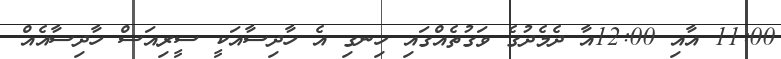
11:00 އާއި 12:00އާ ދެމެދުގެ ވަގުތެއްގައި ހިނގި އެ ހާދިސާއަކީ ސީރިއަސް ހާދިސާއެއް